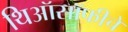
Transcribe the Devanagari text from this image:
थिऑसॉफीचे